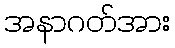
အနာဂတ်အား